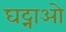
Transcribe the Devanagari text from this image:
घट्नाओ